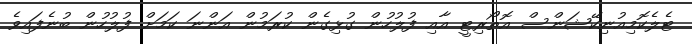
ޓެލެކޮމިއުނިކޭޝަންސް އޮތޯރިޓީ އާއި ފުލުހުން ގުޅިގެން ކުރަމުން އަންނަ ކަމަށް ފުލުހުން ބުނެފައިވެ